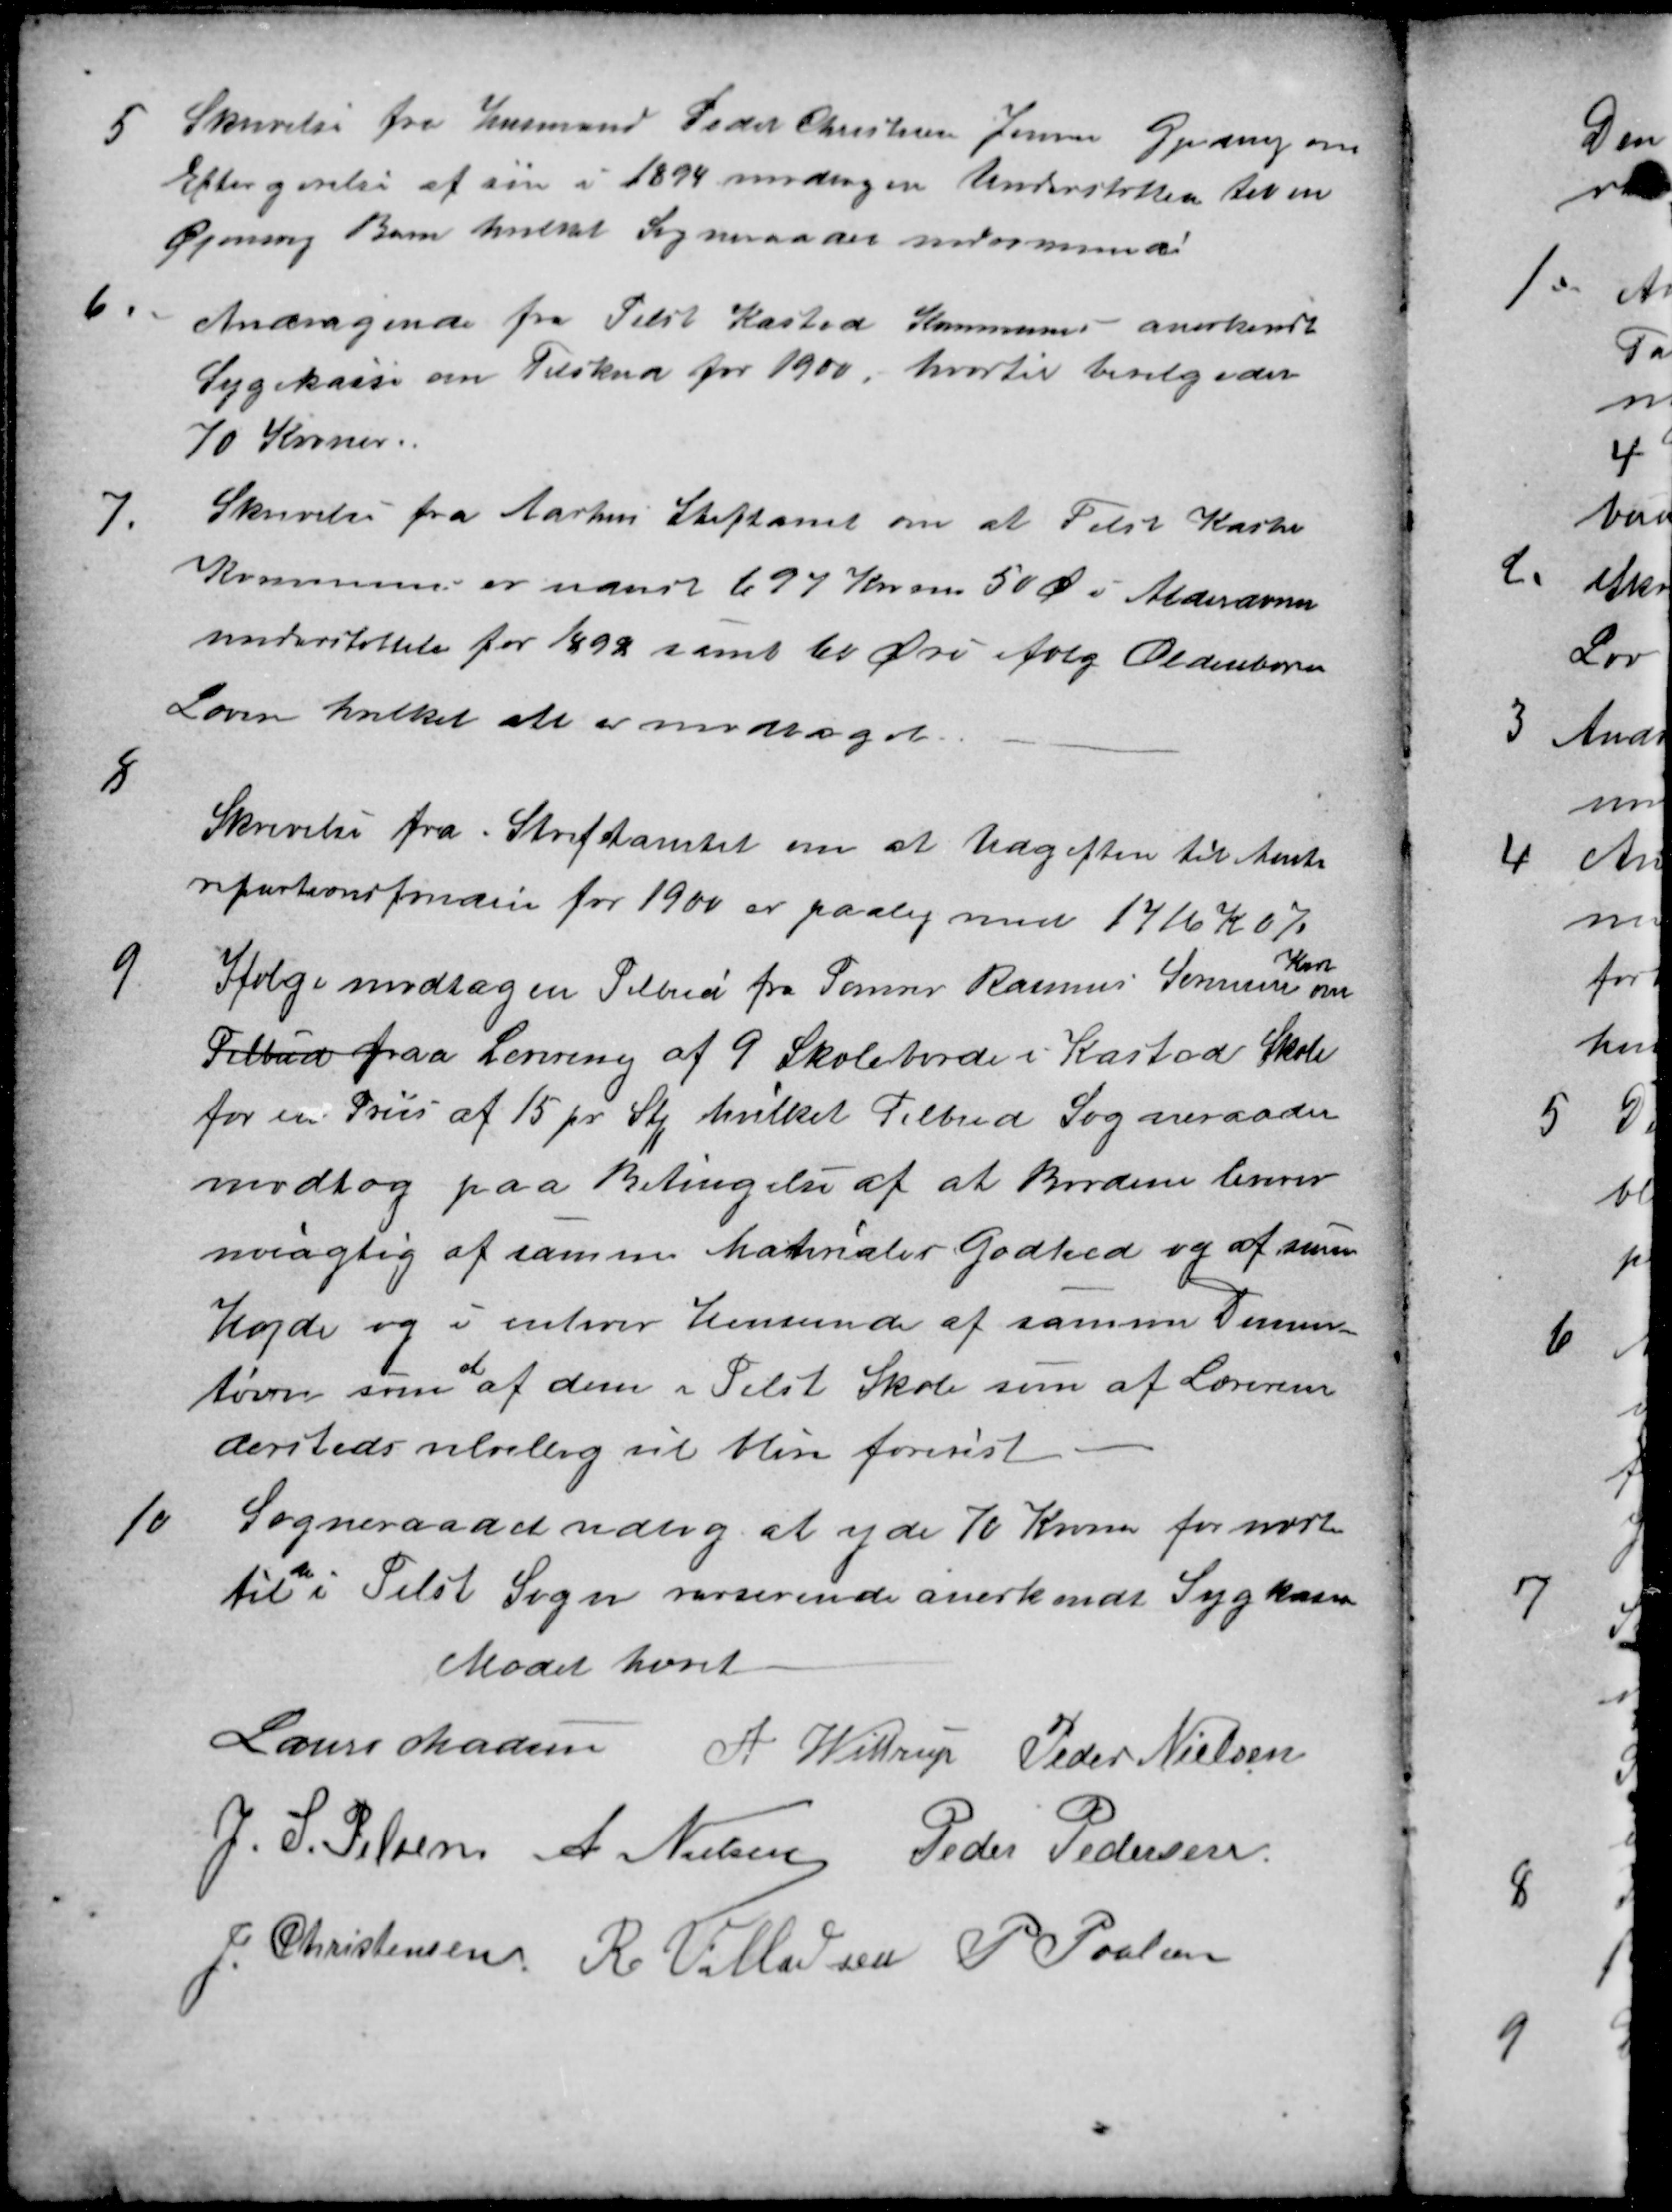
Transskription:
5
Skrivelse fra Husmand Peder Christian Jensen Gjeding om
Eftergivelse af sin i 1894 modtagen Understøttelse til en
Øjensvag Barn hvilket Sogneraadet indrømmede!
6.
Andragende fra Tilst Kasted Kommunes anerkendte
Sygekasse om Tilskud for 1900, hvortil bevilgedes
70 Kroner.
7.
Skrivelse fra Aarhus Stiftamt om at Tilst Kasted
Kommune er nanet 697 Kroner 50 Ø i Alderdoms
understøttelse for 1898 samt 60 Øre ifølg Oldenborre
Loven hvilket alt er modtaget.
8
Skrivelse fra Stiftamtet om at Udgiften til Amts
repartionsfonden for 1900 er paalig med 1416 K 07
9
Ifølge modtagen Tilbud fra Tømrer Rasmus Sørensen
Kast
om
Tilbud paa Levering af 9 Skoleborde i Kasted Skole
for en Priis af 15 pr Stk hvilket Tilbud Sogneraadet
modtog paa Betingelse af at Bordene leveres
noiagtig af samme Matrialer Godhed og af samme
Højde og i enhver Henseende af samme Dimen-
tion som
et
af dem i Tilst Skole som af Læreren
dersteds velvillig vil blive forevist
10
Sogneraadet vedtog at yde 70 Kroner for næste
til
den
i Tilst Sogn nuværende anerkendt Sygkasse
Mødet hævet
Laurs Madsen
A Wittrup
Peder Nielsen
J. S. Pelsen
A Nielsen
Peder Pedersen
J. Christensen
R Villadsen
P Poulsen